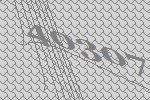
40307